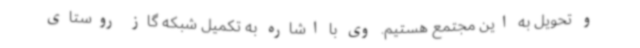
و تحویل به این مجتمع هستیم. وی با اشاره به تکمیل شبکه گاز روستای